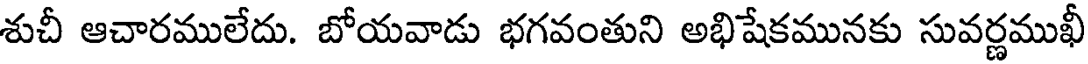
శుచీ ఆచారములేదు. బోయవాడు భగవంతుని అభిషేకమునకు సువర్ణముఖీ